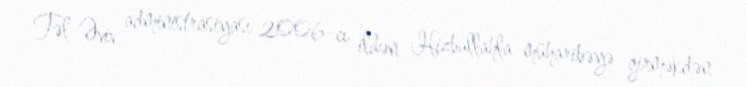
Təl-Əviv administrasiyası 2006-cı ildən Hizbullahla müharibəyə girməkdən